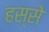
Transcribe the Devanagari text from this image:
हस्से